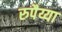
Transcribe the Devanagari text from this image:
रुपैय्या